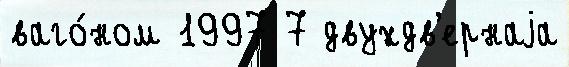
ваго́ном 1997 7 двухдв'ернаjа